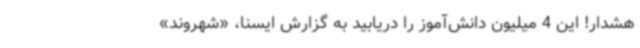
هشدار! این 4 میلیون دانش‌آموز را دریابید به گزارش ایسنا، «شهروند»